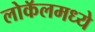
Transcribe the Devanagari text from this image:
लोकॅलमध्ये